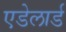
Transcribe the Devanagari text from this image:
एडेलार्ड